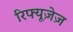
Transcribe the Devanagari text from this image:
रिफ्यूज़ेज़